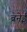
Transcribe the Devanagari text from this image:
ब्रनेई